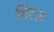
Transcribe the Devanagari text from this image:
चिटस